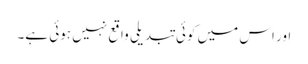
اور اس میں کوئی تبدیلی واقع نہیں ہوئی ہے۔